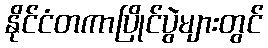
နိုင်ငံတကာပြိုင်ပွဲများတွင်